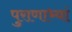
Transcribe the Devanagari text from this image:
पुराणाभ्यां